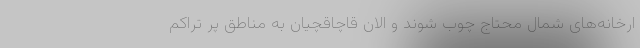
ارخانه‌های شمال محتاج چوب شوند و الان قاچاقچیان به مناطق پر تراکم